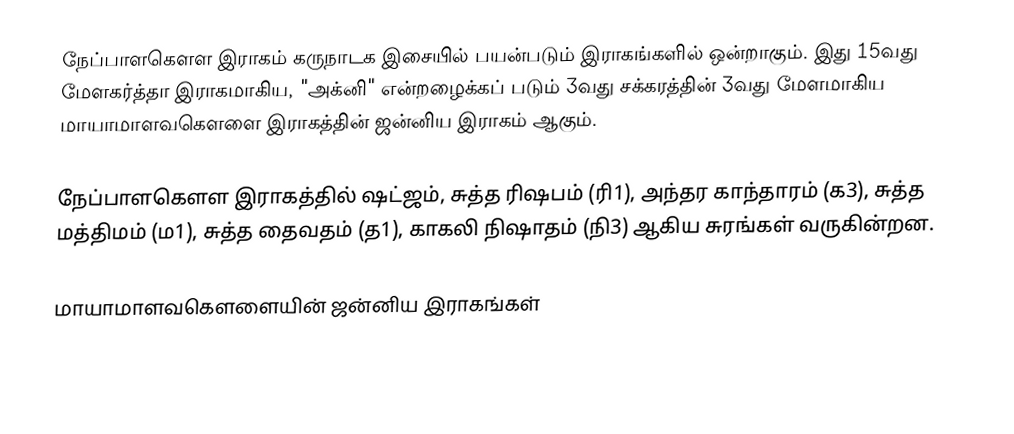
நேப்பாளகௌள இராகம் கருநாடக இசையில் பயன்படும் இராகங்களில் ஒன்றாகும். இது 15வது மேளகர்த்தா இராகமாகிய, "அக்னி" என்றழைக்கப் படும் 3வது சக்கரத்தின் 3வது மேளமாகிய மாயாமாளவகௌளை இராகத்தின் ஜன்னிய இராகம் ஆகும்.

நேப்பாளகௌள இராகத்தில் ஷட்ஜம், சுத்த ரிஷபம் (ரி1), அந்தர காந்தாரம் (க3), சுத்த மத்திமம் (ம1), சுத்த தைவதம் (த1), காகலி நிஷாதம் (நி3) ஆகிய சுரங்கள் வருகின்றன.

மாயாமாளவகௌளையின் ஜன்னிய இராகங்கள்